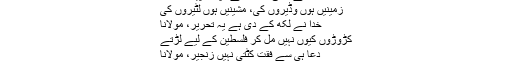
سنا ہے جمی کارٹر ہے آپ کا پیر، مولانا
زمینیں ہوں وڈیروں کی، مشینیں ہوں لٹیروں کی
خدا نے لکھ کے دی ہے یہ تحریر، مولانا
کڑوڑوں کیوں نہیں مل کر فلسطین کے لیے لڑتے
دعا ہی سے فقت کٹتی نہیں زنجیر، مولانا
فلسطین کی حمایت حق کی حمایت ہے۔